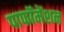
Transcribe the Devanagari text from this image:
पाफॉमेंशन